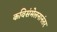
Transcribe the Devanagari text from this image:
कविसंमेलनानंतर